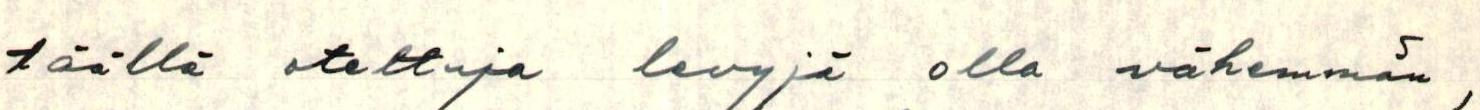
täällä otettuja levyjä olla vähemmän,